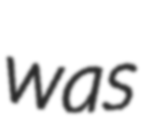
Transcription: was